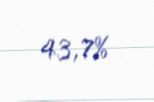
43,7%